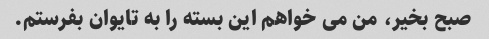
صبح بخیر، من می خواهم این بسته را به تایوان بفرستم.